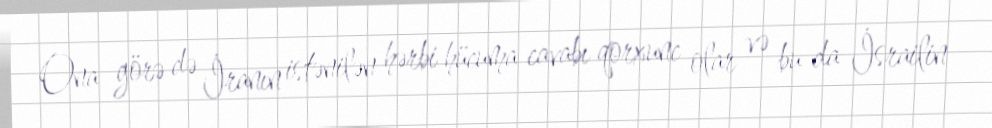
Ona görə də İranın istənilən hərbi hücuma cavabı qorxunc olar və bu da İsrailin